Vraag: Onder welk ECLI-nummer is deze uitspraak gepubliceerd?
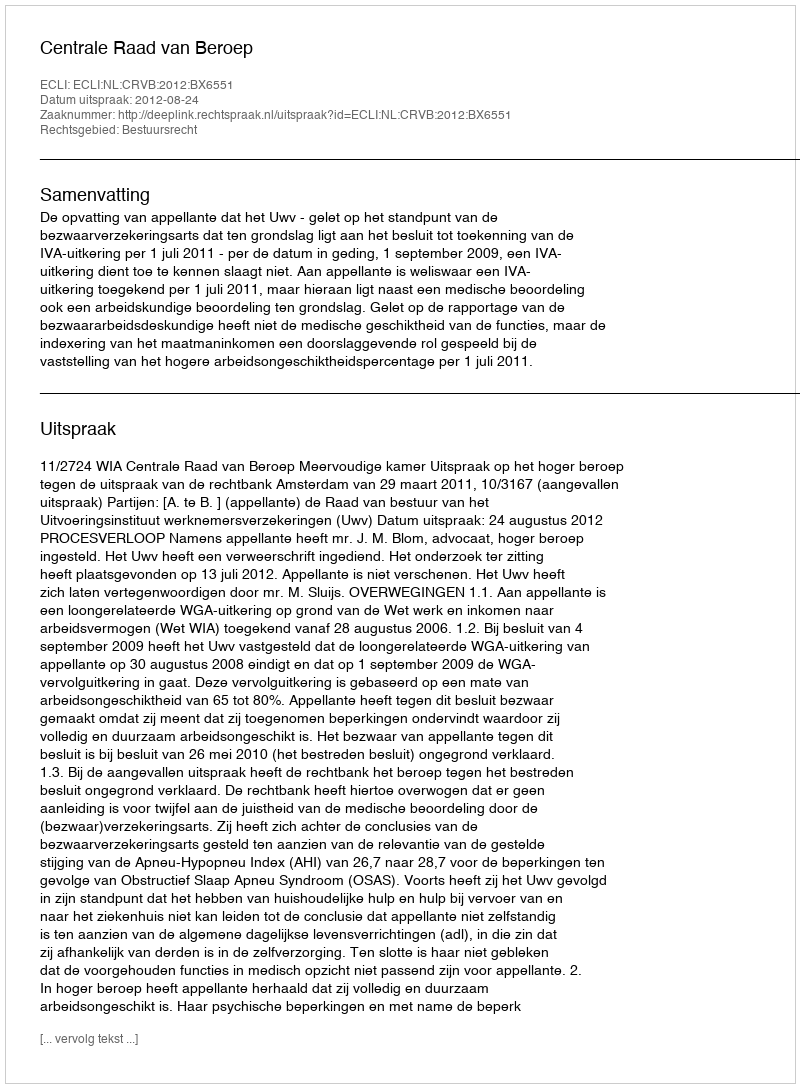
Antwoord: ECLI:NL:CRVB:2012:BX6551